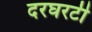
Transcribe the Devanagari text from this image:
दरघरटी